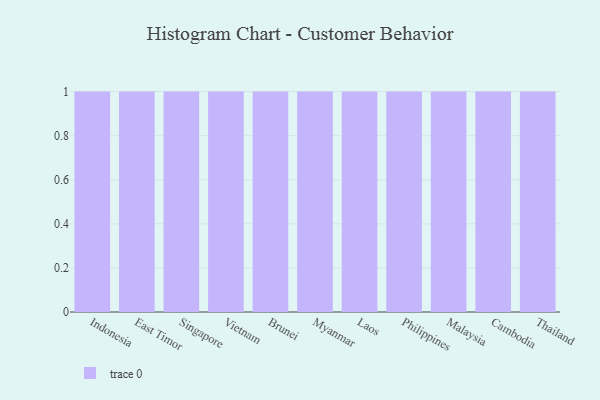
{"axis": {"x": "Country", "y": "Conversion Rate (%)"}, "legend": [""], "data": [{"x": "Indonesia", "y": 19, "type": ""}, {"x": "East Timor", "y": 90, "type": ""}, {"x": "Singapore", "y": 74, "type": ""}, {"x": "Vietnam", "y": 87, "type": ""}, {"x": "Brunei", "y": 67, "type": ""}, {"x": "Myanmar", "y": 38, "type": ""}, {"x": "Laos", "y": 33, "type": ""}, {"x": "Philippines", "y": 36, "type": ""}, {"x": "Malaysia", "y": 90, "type": ""}, {"x": "Cambodia", "y": 20, "type": ""}, {"x": "Thailand", "y": 82, "type": ""}]}